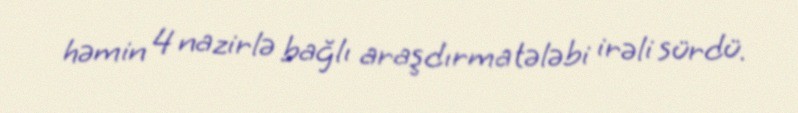
həmin 4 nazirlə bağlı araşdırma tələbi irəli sürdü.